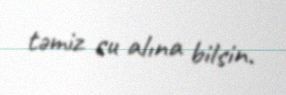
təmiz su alına bilsin.